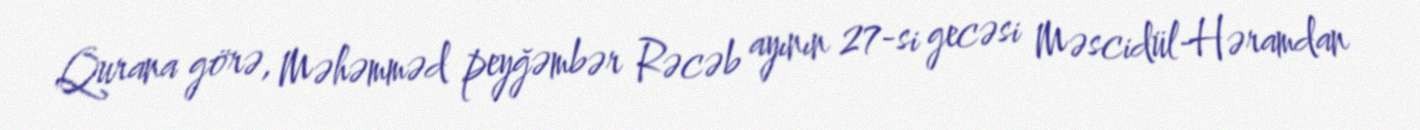
Qurana görə, Məhəmməd peyğəmbər Rəcəb ayının 27-si gecəsi Məscidül-Həramdan